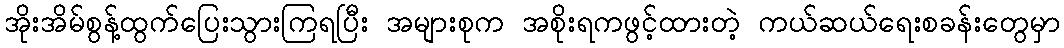
အိုးအိမ်စွန့်ထွက်ပြေးသွားကြရပြီး အများစုက အစိုးရကဖွင့်ထားတဲ့ ကယ်ဆယ်ရေးစခန်းတွေမှာ